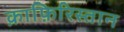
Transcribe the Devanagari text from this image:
क़ाफ़िरिस्तान